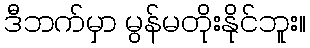
ဒီဘက်မှာ မွန်မတိုးနိုင်ဘူး။